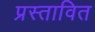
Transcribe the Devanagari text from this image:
प्रस्‍तावित